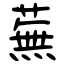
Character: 蕪